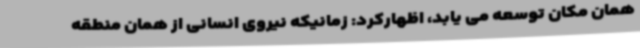
همان مکان توسعه می یابد، اظهارکرد: زمانیکه نیروی انسانی از همان منطقه